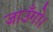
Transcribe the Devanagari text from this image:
जाउँगो।